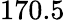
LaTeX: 170.5